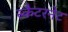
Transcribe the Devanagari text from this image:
स्कैटरनेट